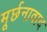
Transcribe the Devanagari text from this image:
मूर्छनावाद